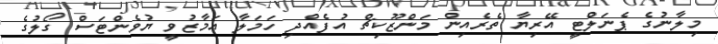
މިލާނުގެ ޕެނަލްޓީ އޭރިޔާ ތެރެއިން މަންޒޫކިޗް އުފެއްދި ހަމަލާ އަމާޒުވީ ޔުވެންޓަސް ގޯލުގެ